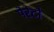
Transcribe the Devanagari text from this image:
पेरेटो